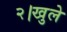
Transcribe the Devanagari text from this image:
२।खुले